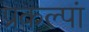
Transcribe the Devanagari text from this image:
प्रकल्पां